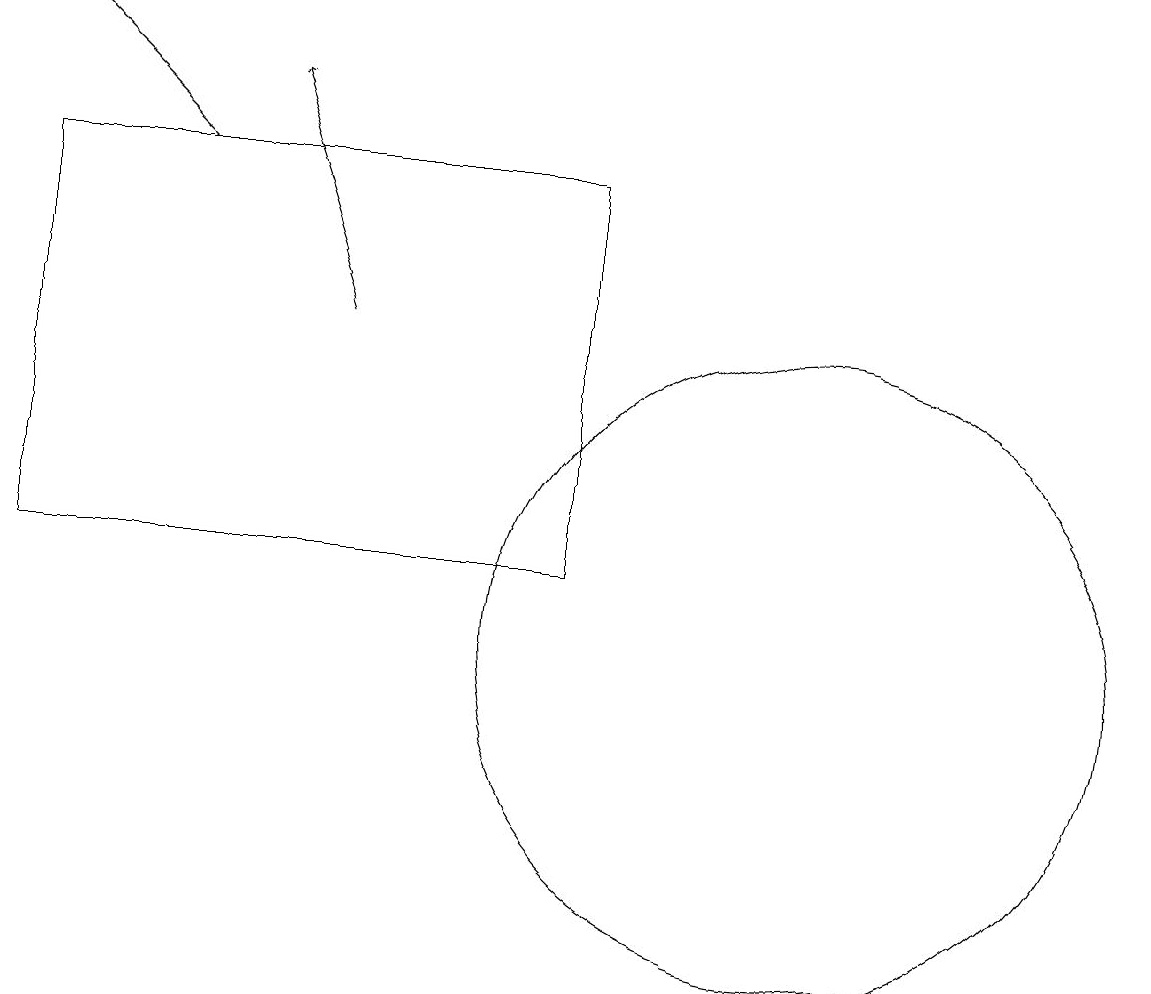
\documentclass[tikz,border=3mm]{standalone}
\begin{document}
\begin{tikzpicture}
\draw[->] (6,14) -- (5,17);
\draw (12,10) circle (4);
\draw[->] (4,16) -- (2,18);
\draw (2,11) rectangle (9,16);
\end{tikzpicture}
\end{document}